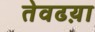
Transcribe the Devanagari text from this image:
तेवढय़ा